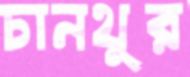
চানথুর